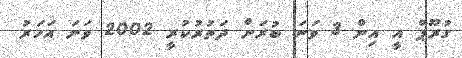
ގުރޫޕް އީ އިން 3 ވަނަ ބުރަށް ދަތުރުކުރީ 2002 ވަނަ އަހަރު